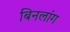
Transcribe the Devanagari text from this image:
बिनलांग